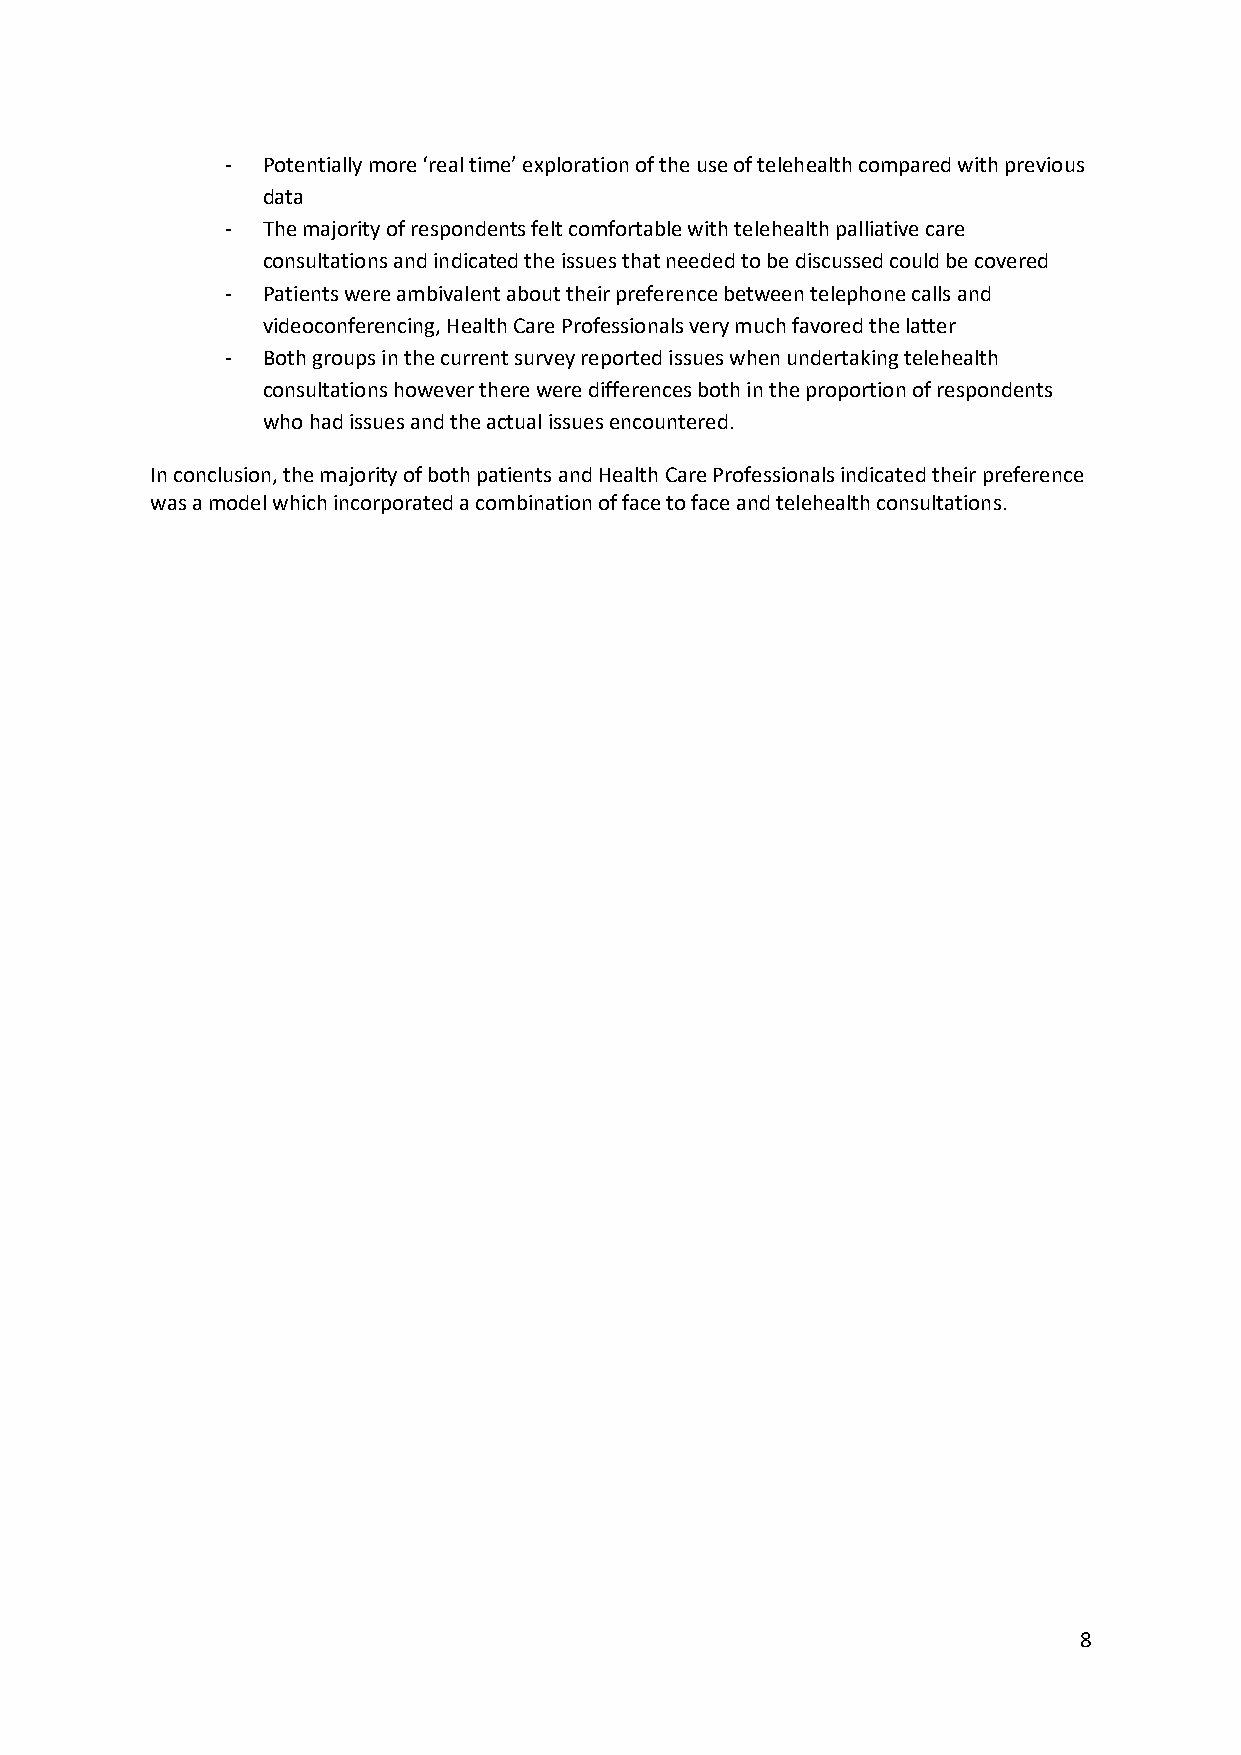
- Potentially more ‘real time’ exploration of the use of telehealth compared with previous
 data
 - The majority of respondents felt comfortable with telehealth palliative care
 consultations and indicated the issues that needed to be discussed could be covered
 - Patients were ambivalent about their preference between telephone calls and
 videoconferencing, Health Care Professionals very much favored the latter
 - Both groups in the current survey reported issues when undertaking telehealth
 consultations however there were differences both in the proportion of respondents
 who had issues and the actual issues encountered.
 In conclusion, the majority of both patients and Health Care Professionals indicated their preference
 was a model which incorporated a combination of face to face and telehealth consultations.
 8